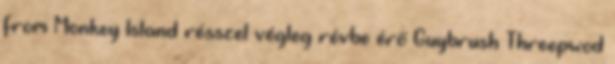
from Monkey Island résszel végleg révbe érő Guybrush Threepwod